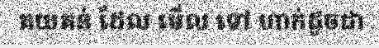
គយគន់ ដែល មើល ទៅ ហាក់ដូចជា